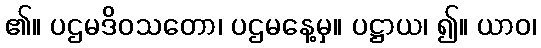
၏။ ပဌမဒိဝသတော၊ ပဌမနေ့မှ။ ပဋ္ဌာယ၊ ၍။ ယာဝ၊